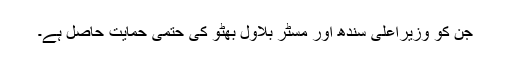
جن کو وزیراعلیٰ سندھ اور مسٹر بلاول بھٹو کی حتمی حمایت حاصل ہے۔